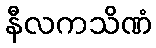
နီလကသိဏံ